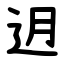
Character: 迌